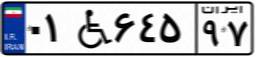
۰۲W۷۷۵۰۵